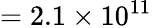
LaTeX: =2.1\times 10^{11}